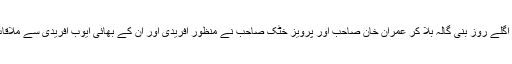
ڈھٹائی کی انتہا دیکھ لیجئے کہ نامزدگی کے اگلے روز بنی گالہ بلا کر عمران خان صاحب اور پرویز خٹک صاحب نے منظور آفریدی اور ان کے بھائی ایوب آفریدی سے ملاقات کرکے تصویر بھی میڈیا کو جاری کردی ۔